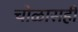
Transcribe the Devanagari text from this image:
चोळासही